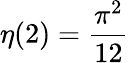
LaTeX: \eta(2)={\frac{\pi^{2}}{12}}